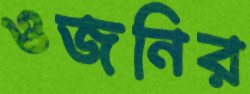
ওজনির